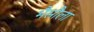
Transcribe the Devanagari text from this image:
भैसौला